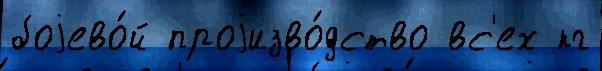
боjево́й проjизво́дство вс'ех кг